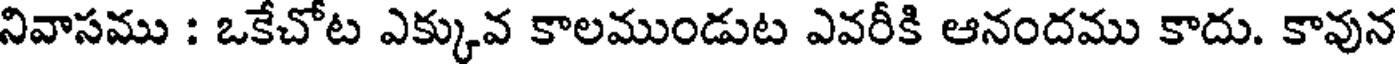
నివాసము : ఒకేచోట ఎక్కువ కాలముండుట ఎవరీకి ఆనందము కాదు. కావున